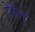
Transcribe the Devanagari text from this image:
येरेलू